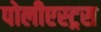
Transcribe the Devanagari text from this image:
पोलीएस्ट्रस